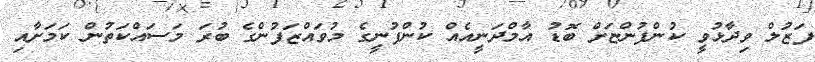
ފަޒުލް ވިދާޅުވީ ކުންފުންޏަށް ބޮޑު އާމްދަނީއެއް ކުންފުނީގެ މުވައްޒަފުންގެ ބުރަ މަސައްކަތުން ކަމަށާއި